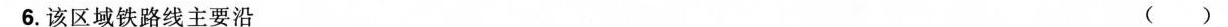
6.该区域铁路线主要沿 ( )